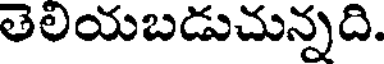
తెలియబడుచున్నది.